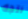
نتجه